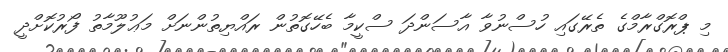
މި ޕްރޮގްރާމްގެ ތެރޭގައި ހުސްނުވާ އާސަންދަ ސްކީމާ ބެހޭގޮތުން ރައްޔިތުންނަށް މަޢުލޫމާތު ފޯރުކޮށްދީ